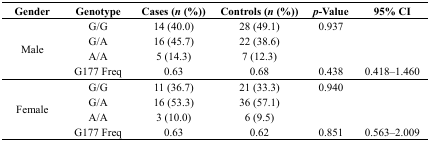
| Gender | Genotype | Cases (n (%)) | Controls (n (%)) | p-Value | 95% CI |
 | --- | --- | --- | --- | --- | --- |
 | <ROWSPAN=4> Male | G/G | 14 (40.0) | 28 (49.1) | 0.937 |  |
 | G/A | 16 (45.7) | 22 (38.6) |  |  |
 | A/A | 5 (14.3) | 7 (12.3) |  |  |
 | G177 Freq | 0.63 | 0.68 | 0.438 | 0.418–1.460 |
 | <ROWSPAN=4> Female | G/G | 11 (36.7) | 21 (33.3) | 0.940 |  |
 | G/A | 16 (53.3) | 36 (57.1) |  |  |
 | A/A | 3 (10.0) | 6 (9.5) |  |  |
 | G177 Freq | 0.63 | 0.62 | 0.851 | 0.563–2.009 |